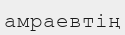
амраевтің